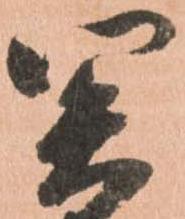
関